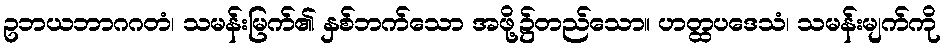
ဥဘယဘာဂဂတံ၊ သမန်းမြက်၏ နှစ်ဘက်သော အဖို့၌တည်သော။ ဟတ္ထပဒေသံ၊ သမန်းမျက်ကို